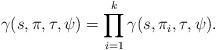
LaTeX: \begin{align*}\gamma(s,\pi,\tau,\psi)=\prod_{i=1}^k \gamma(s,\pi_i,\tau,\psi).\end{align*}